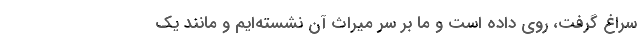
سراغ گرفت، روی داده است و ما بر سر میراث آن نشسته‌ایم و مانند یک